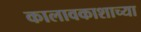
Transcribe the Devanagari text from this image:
कालावकाशाच्या